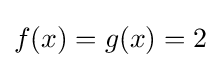
f(x)=g(x)=2